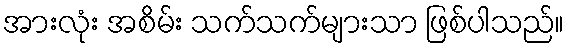
အားလုံး အစိမ်း သက်သက်များသာ ဖြစ်ပါသည်။